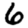
Digit: 6